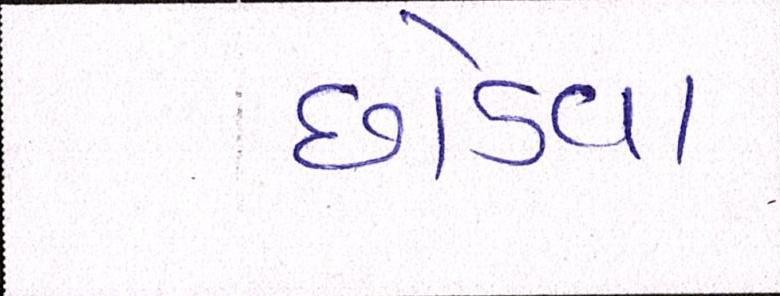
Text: છોડવા